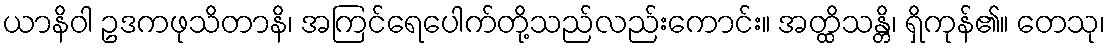
ယာနိဝါ ဥဒကဖုသိတာနိ၊ အကြင်ရေပေါက်တို့သည်လည်းကောင်း။ အတ္ထိသန္တိ၊ ရှိကုန်၏။ တေသု၊